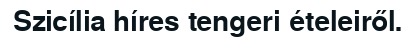
Szicília híres tengeri ételeiről.